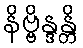
နိဗ္ဗိန္ဒန္တိ